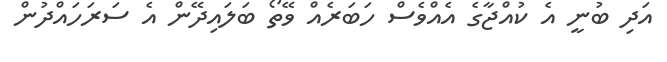
އަދި ބުނީ އެ ކުއްޖާގެ އެއްވެސް ހަބަރެއް ވޭތޯ ބަލައިދޭން އެ ސަރަހައްދުން